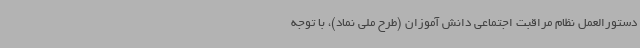
دستورالعمل نظام مراقبت اجتماعی دانش آموزان (طرح ملی نماد)، با توجه